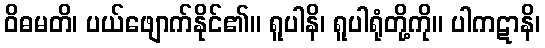
ဝိဓမတိ၊ ပယ်ဖျောက်နိုင်၏။ ရူပါနိ၊ ရူပါရုံတို့ကို။ ပါကဋာနိ၊